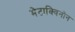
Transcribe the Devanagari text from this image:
मेटाक्विनोन